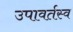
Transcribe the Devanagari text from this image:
उपावर्तस्व